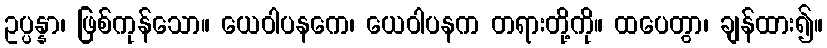
ဥပ္ပန္နာ၊ ဖြစ်ကုန်သော။ ယေဝါပနကေ၊ ယေဝါပနက တရားတို့ကို။ ထပေတွာ၊ ချန်ထား၍။